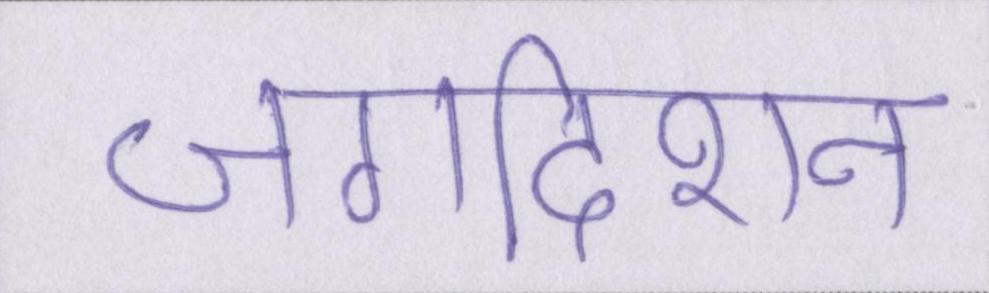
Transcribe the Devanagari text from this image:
जगदीशन